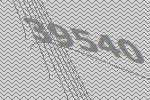
39540